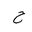
Letter: _ha